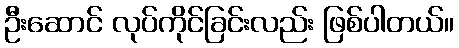
ဦးဆောင် လုပ်ကိုင်ခြင်းလည်း ဖြစ်ပါတယ်။